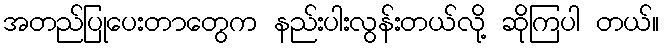
အတည်ပြုပေးတာတွေက နည်းပါးလွန်းတယ်လို့ ဆိုကြပါ တယ်။